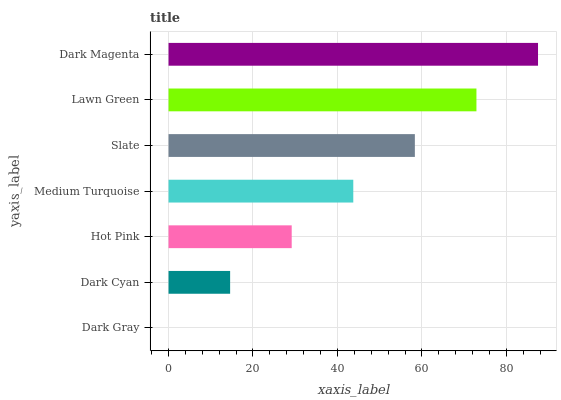
| yaxis_label | bars |
 | --- | --- |
 | Dark Gray | 0 |
 | Dark Cyan | 14.6 |
 | Hot Pink | 29.2 |
 | Medium Turquoise | 43.8 |
 | Slate | 58.3 |
 | Lawn Green | 72.9 |
 | Dark Magenta | 87.5 |